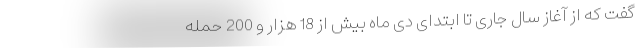
گفت که از آغاز سال جاری تا ابتدای دی ماه بیش از 18 هزار و 200 حمله